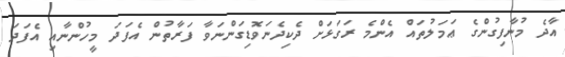
އާދެ މުނާފިގުންގެ ޢަމަލުތައް އެންމެ ރަގަޅަށް ދެކިދެނަވޮޑިގަންނަވާ ފަރާތުން އެފަދަ މީހުންނާއި އެފަދަ